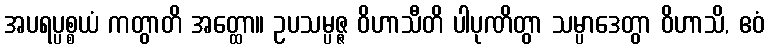
အပရပ္ပစ္စယံ ကတွာတိ အတ္ထော။ ဥပသမ္ပဇ္ဇ ဝိဟာသီတိ ပါပုဏိတွာ သမ္ပာဒေတွာ ဝိဟာသိ, ဧဝံ